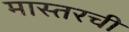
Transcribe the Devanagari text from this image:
मास्तरची